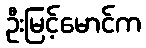
ဦးမြင့်မောင်က